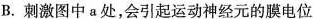
B.刺激图中a处，会引起运动神经元的膜电位